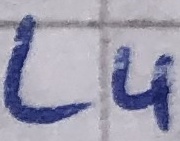
Text: L4